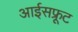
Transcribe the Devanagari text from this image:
आईसफ्रूट